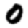
Digit: 0